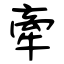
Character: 牽